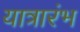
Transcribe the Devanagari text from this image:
यात्रारंभ